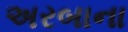
અરબાના